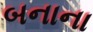
બનાના